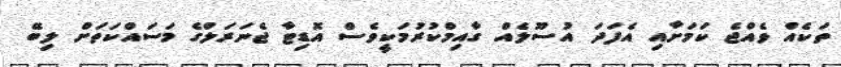
ތަކެއް ވެއްޖެ ކަމަށާއި އެފަދަ އުސޫލެއް ގާއިމްކުރުމަކީވެސް އޮޑިޓާ ޖެނަރަލްގެ މަސައްކަތަށް ލިބޭ